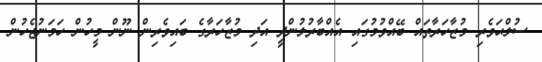
ސުލްޙަވެރި މުޒާހަރާތައް ބޭއްވުމުގައި އެއްބާރުލުންދީ އަދި މުޒާހަރާގެ ބައިވެރިން ނޫން މީހުން ހަމަނުޖެހުން